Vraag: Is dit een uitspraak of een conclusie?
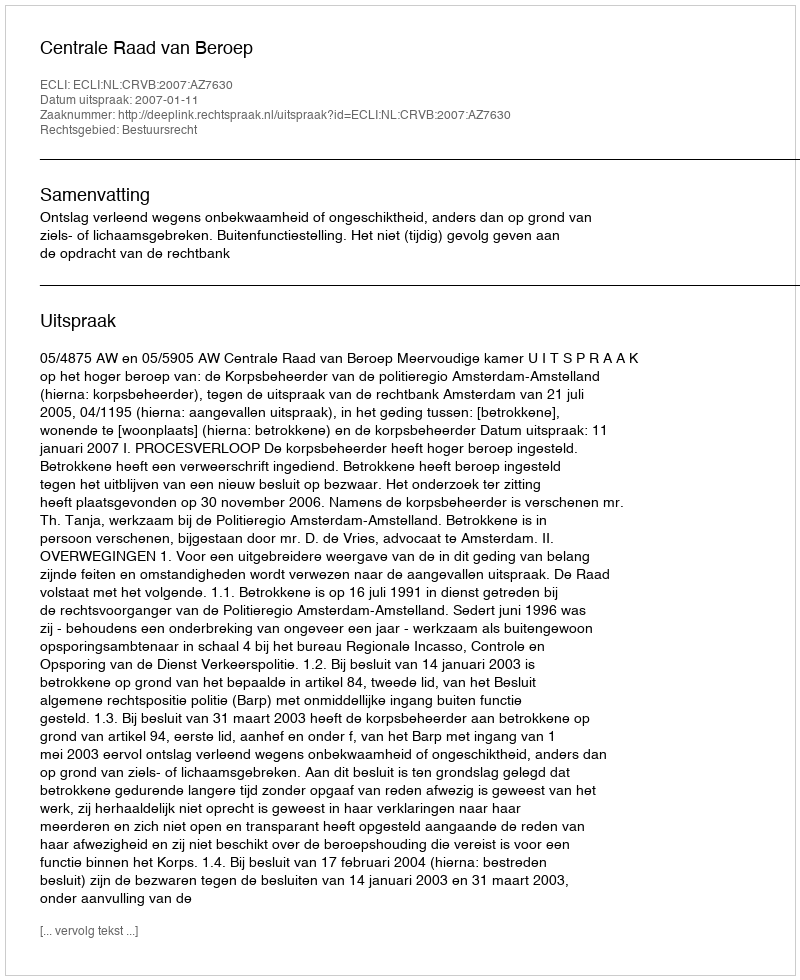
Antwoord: Uitspraak